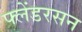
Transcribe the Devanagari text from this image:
फ्लेंडरसन